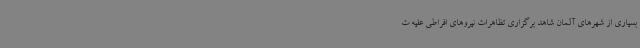
بسیاری از شهرهای آلمان شاهد برگزاری تظاهرات نیروهای افراطی علیه ت